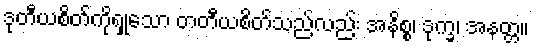
ဒုတီယစိတ်ကိုရှုသော တတီယစိတ်သည်လည်း အနိစ္စ၊ ဒုက္ခ၊ အနတ္တ။